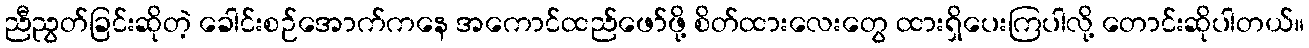
ညီညွတ်ခြင်းဆိုတဲ့ ခေါင်းစဉ်အောက်ကနေ အကောင်ထည်ဖော်ဖို့ စိတ်ထားလေးတွေ ထားရှိပေးကြပါလို့ တောင်းဆိုပါတယ်။